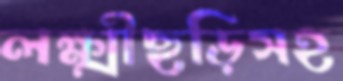
লক্ষ্মীছড়িসহ